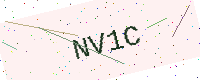
Text: NV1C